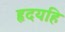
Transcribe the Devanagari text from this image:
हृदयहि